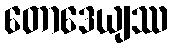
တောဒေယျဿ